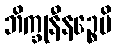
ဘိက္ခုနီနဉ္စေပိ